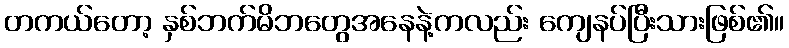
တကယ်တော့ နှစ်ဘက်မိဘတွေအနေနဲ့ကလည်း ကျေနပ်ပြီးသားဖြစ်၏။